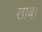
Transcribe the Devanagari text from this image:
ताबां